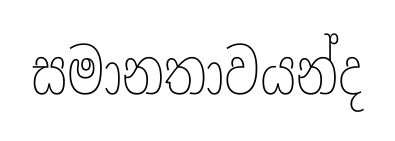
සමානතාවයන්ද